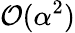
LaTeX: {\cal O}(\alpha^{2})